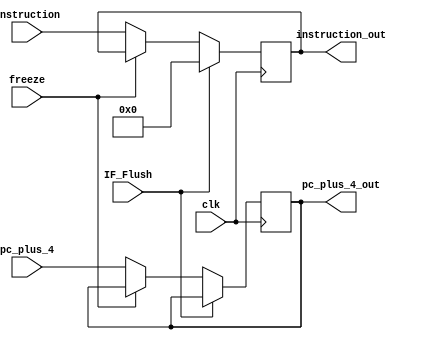
module Register_IF_ID(clk, IF_Flush, freeze, pc_plus_4, pc_plus_4_out, instruction, instruction_out);
  input clk, IF_Flush, freeze;
  input [31:0] instruction, pc_plus_4;
  output reg [31:0] instruction_out, pc_plus_4_out;

  always @(posedge clk) begin
    if (IF_Flush)
      instruction_out = 32'd0;
    else if(!freeze) begin
      instruction_out = instruction;
      pc_plus_4_out = pc_plus_4;
    end
  end
endmodule

module Register_ID_EX(clk, control_EX, control_EX_out, control_MEM, control_MEM_out, control_WB, control_WB_out, reg_file_read_data1, reg_file_read_data1_out, reg_file_read_data2, reg_file_read_data2_out, rs, rs_out, rt, rt_out, rd, rd_out, sign_extended_shift, sign_extended_shift_out, shamt, shamt_out, funct, funct_out);
  input clk;
  input [4:0] control_EX; output reg [4:0] control_EX_out;
  input [1:0] control_MEM; output reg [1:0] control_MEM_out;
  input [2:0] control_WB; output reg [2:0] control_WB_out;

  input [31:0] reg_file_read_data1, reg_file_read_data2; output reg [31:0] reg_file_read_data1_out, reg_file_read_data2_out;
  input [31:0] sign_extended_shift; output reg [31:0] sign_extended_shift_out;
  input [4:0] rs, rt, rd, shamt; output reg [4:0] rs_out, rt_out, rd_out, shamt_out;
  input [5:0] funct; output reg [5:0] funct_out;

  always @(posedge clk) begin
    control_EX_out = control_EX;
    control_MEM_out = control_MEM;
    control_WB_out = control_WB;

    reg_file_read_data1_out = reg_file_read_data1;
    reg_file_read_data2_out = reg_file_read_data2;

    rs_out = rs;
    rt_out = rt;
    rd_out = rd;
    shamt_out = shamt;
    funct_out = funct;

    sign_extended_shift_out = sign_extended_shift;
  end
endmodule

module Register_EX_MEM(clk, control_MEM, control_MEM_out, control_WB, control_WB_out, alu_output, alu_output_out, reg_file_read_data2, reg_file_read_data2_out, reg_file_write_reg, reg_file_write_reg_out);
  input clk;
  input [1:0] control_MEM; output reg [1:0] control_MEM_out;
  input [2:0] control_WB; output reg [2:0] control_WB_out;

  input [31:0] alu_output, reg_file_read_data2; output reg [31:0] alu_output_out, reg_file_read_data2_out;
  input [4:0] reg_file_write_reg; output reg [4:0] reg_file_write_reg_out;

  always @(posedge clk) begin
    control_MEM_out = control_MEM;
    control_WB_out = control_WB;
    alu_output_out = alu_output;
    reg_file_read_data2_out = reg_file_read_data2;
    reg_file_write_reg_out = reg_file_write_reg;
  end
endmodule

module Register_MEM_WB(clk, control_WB, control_WB_out, data_mem_output, data_mem_output_out, alu_output, alu_output_out, reg_file_write_reg, reg_file_write_reg_out);
  input clk;
  input [2:0] control_WB; output reg [2:0] control_WB_out;

  input [31:0] data_mem_output, alu_output; output reg [31:0] data_mem_output_out, alu_output_out;
  input [4:0] reg_file_write_reg; output reg [4:0] reg_file_write_reg_out;

  always @(posedge clk) begin
    control_WB_out = control_WB;

    data_mem_output_out = data_mem_output;
    alu_output_out = alu_output;

    reg_file_write_reg_out = reg_file_write_reg;
  end
endmodule